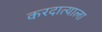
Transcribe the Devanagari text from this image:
करदात्याला